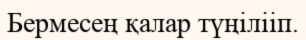
Бермесең қалар түңілііп.